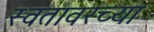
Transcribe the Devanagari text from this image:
स्वतावरच्या